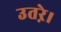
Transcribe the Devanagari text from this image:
उतऱे।